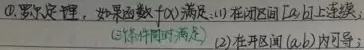
\textcircled{1} 罗尔定理，如果函数 \(f(x)\) 满足：(1) 在闭区间 \([a,b]\) 上连续，(2) 在开区间 \((a,b)\) 内可导；（三条件同时满足）